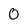
Character: 0